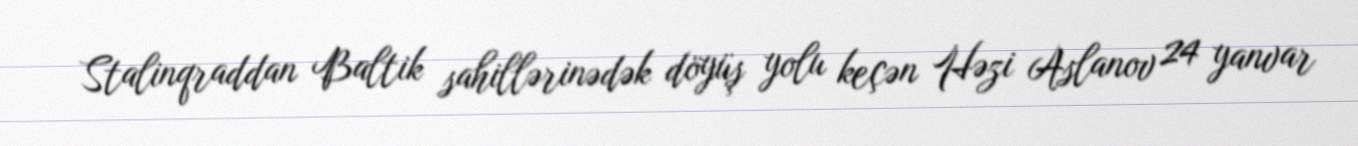
Stalinqraddan Baltik sahillərinədək döyüş yolu keçən Həzi Aslanov 24 yanvar